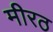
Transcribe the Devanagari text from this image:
मीरठ